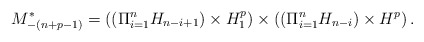
\begin{align*}M_{-(n+p-1)}^{\ast}=\displaystyle{((\Pi_{i=1}^{n} H_{n-i+1})\times H_1^p) \times ((\Pi_{i=1}^{n} H_{n-i})\times H^p)}\,.\end{align*}